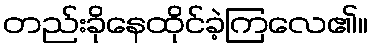
တည်းခိုနေထိုင်ခဲ့ကြလေ၏။